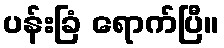
ပန်းခြံ ရောက်ပြီ။